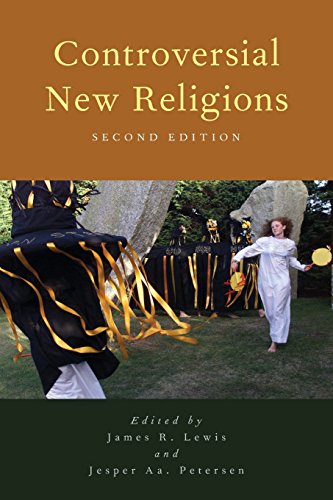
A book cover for Controversial New Religions; Religion & Spirituality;